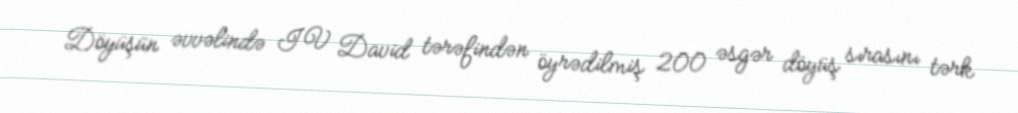
Döyüşün əvvəlində IV David tərəfindən öyrədilmiş 200 əsgər döyüş sırasını tərk